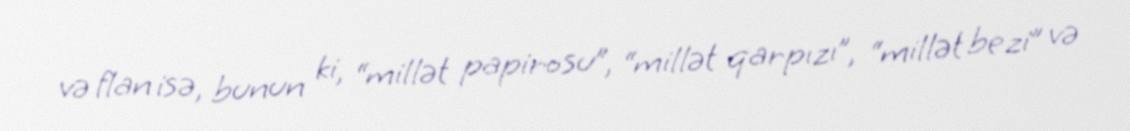
və flan isə, bunun ki, “millət papirosu”, “millət qarpızı”, “millət bezi” və